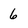
Character: 6